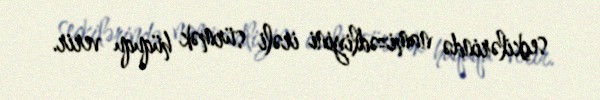
seçkilərində namizədliyini irəli sürmək hüququ verir.